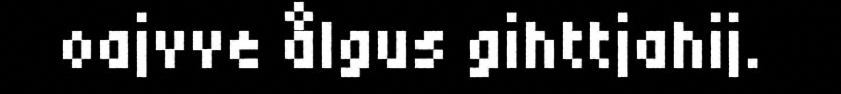
oajvve ålgus gihttjahij.